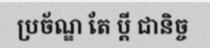
ប្រច័ណ្ឌ តែ ប្តី ជានិច្ច